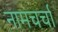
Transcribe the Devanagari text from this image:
नामचर्चा